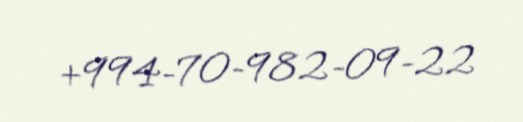
+994-70-982-09-22